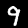
Digit: 9